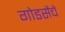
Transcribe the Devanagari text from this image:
गोडसेंचे